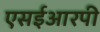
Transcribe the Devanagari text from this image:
एसईआरपी